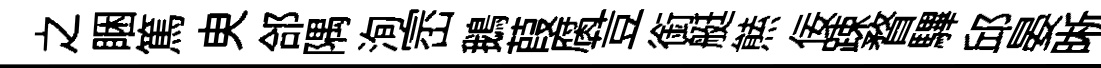
之睏篤㬰郃隅洵崈鵝葭腐荳銜艇㷱佞踈瞀驆邱晏晰